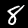
Label: 8